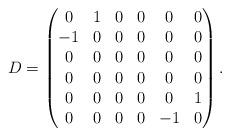
LaTeX: \begin{align*}D= \begin{pmatrix} 0 & 1 & 0 & 0 & 0 & 0\\ -1 & 0 & 0 & 0 & 0 & 0\\ 0 & 0 & 0 & 0 & 0 & 0\\ 0 & 0 & 0 & 0 & 0 & 0\\ 0 & 0 & 0 & 0 & 0 & 1 \\ 0 & 0 & 0 & 0 & -1 & 0 \end{pmatrix}.\end{align*}